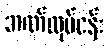
ဘဏ်လုပ်ငန်း